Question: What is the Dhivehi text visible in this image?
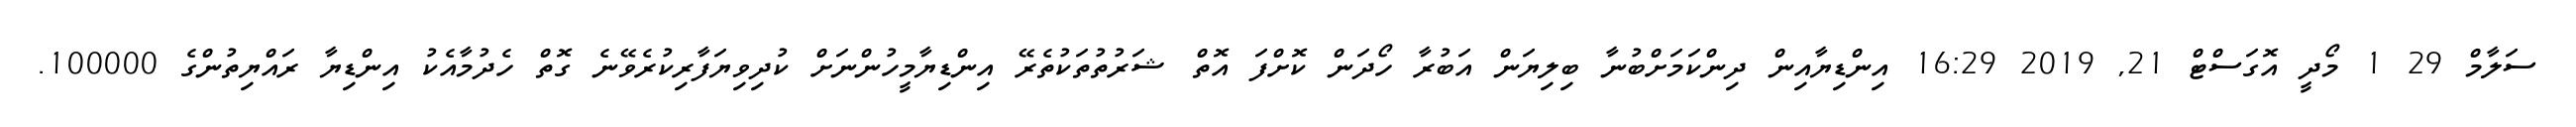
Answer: ސަލާމް 29 1 މޯދީ އޮގަސްޓް 21, 2019 16:29 އިންޑިޔާއިން ދިންކަމަށްބުނާ ބިލިޔަން އަބުރާ ހޯދަން ކޮށްފަ އޮތް ޝަރުތުތަކުތެރޭ އިންޑިޔާމީހުންނަށް ކުދިވިޔަފާރިކުރެވޭނެ ގޮތް ހެދުމާއެކު އިންޑިޔާ ރައްޔިތުންގެ 100000.